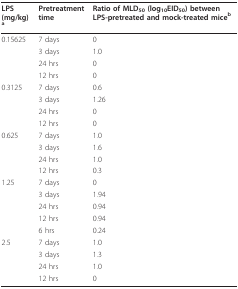
<table><thead><tr><td><b>LPS (mg/kg) <sup>a</sup></b></td><td><b>Pretreatment time</b></td><td><b>Ratio of MLD<sub>50 </sub>(log<sub>10</sub>EID<sub>50</sub>) between LPS-pretreated and mock-treated mice<sup>b</sup></b></td></tr></thead><tbody><tr><td>0.15625</td><td>7 days</td><td>0</td></tr><tr><td></td><td>3 days</td><td>1.0</td></tr><tr><td></td><td>24 hrs</td><td>0</td></tr><tr><td></td><td>12 hrs</td><td>0</td></tr><tr><td>0.3125</td><td>7 days</td><td>0.6</td></tr><tr><td></td><td>3 days</td><td>1.26</td></tr><tr><td></td><td>24 hrs</td><td>0</td></tr><tr><td></td><td>12 hrs</td><td>0</td></tr><tr><td>0.625</td><td>7 days</td><td>1.0</td></tr><tr><td></td><td>3 days</td><td>1.6</td></tr><tr><td></td><td>24 hrs</td><td>1.0</td></tr><tr><td></td><td>12 hrs</td><td>0.3</td></tr><tr><td>1.25</td><td>7 days</td><td>0</td></tr><tr><td></td><td>3 days</td><td>1.94</td></tr><tr><td></td><td>24 hrs</td><td>0.94</td></tr><tr><td></td><td>12 hrs</td><td>0.94</td></tr><tr><td></td><td>6 hrs</td><td>0.24</td></tr><tr><td>2.5</td><td>7 days</td><td>1.0</td></tr><tr><td></td><td>3 days</td><td>1.3</td></tr><tr><td></td><td>24 hrs</td><td>1.0</td></tr><tr><td></td><td>12 hrs</td><td>0</td></tr></tbody></table>